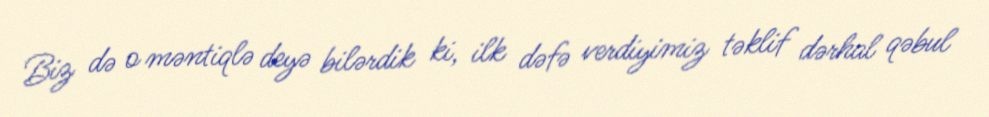
Biz də o məntiqlə deyə bilərdik ki, ilk dəfə verdiyimiz təklif dərhal qəbul